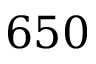
6 5 0